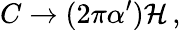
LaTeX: C\rightarrow(2\pi\alpha^{\prime}){\cal H}\, ,